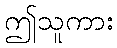
ဤသူကား